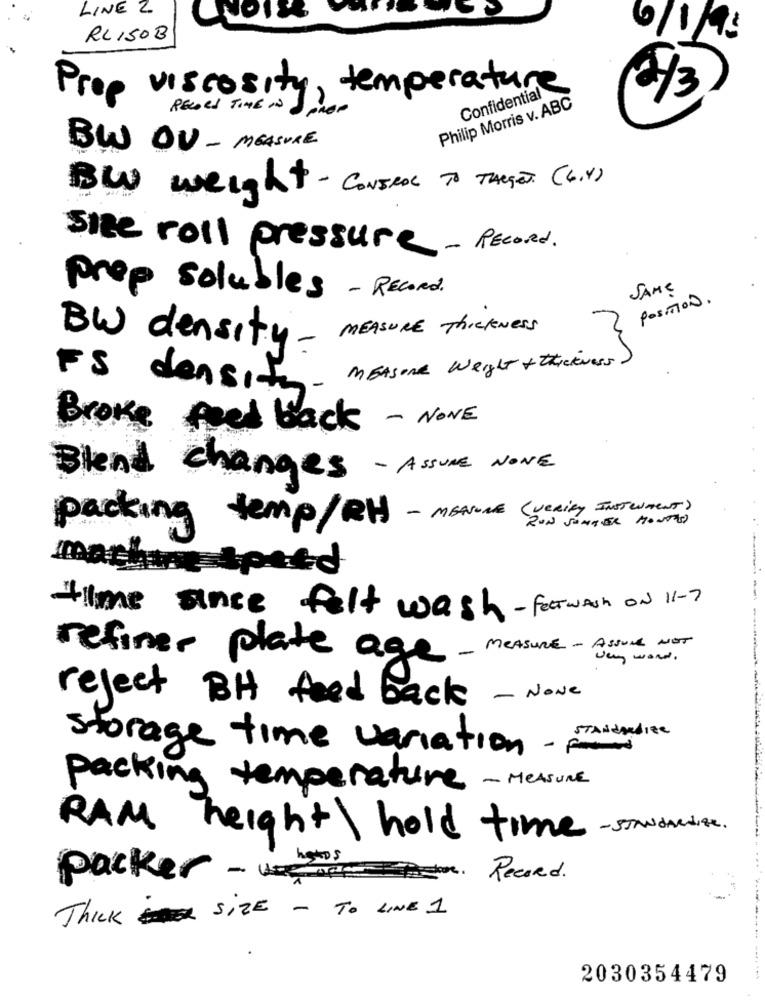
LINE 2
RL150B
6/1/9:
Prop viscosity, temperature
Confidential
2/3
RECORD TIME IN
Spor
Philip Morris v. ABC
BW OU -MEASURE
BLU weight - CONTROL TO TARGET (6.4)
site roll pressure - Record.
SAME
prep solubles - RECORD.
position .
BW density- MEASURE ThickNess
FS density- MEAsone weight + thickNess)
Broke feed back - NONE
Blend changes - ASSUME NONE
temp/RH - MENUNE ( VERity INSTRUMENT)
packing
RON SUMMER MONTHS
machine Speed
tilme since felt wash- Featwash ON 11-7
refiner plate age-meASURE-ASsuch NOT
Jay word .
reject BH feed back - None
storage time variation-
packing temperature - MEASURE
RAM height\ hold time- sandAndit.
packer - where
Record .
Thick SIZE - TO LINE 1
2030354479